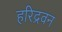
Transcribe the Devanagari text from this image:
हरिद्रवन